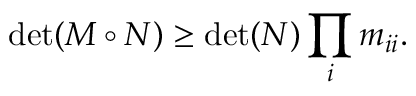
\operatorname* { d e t } ( M \circ N ) \geq \operatorname* { d e t } ( N ) \prod _ { i } m _ { i i } .